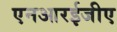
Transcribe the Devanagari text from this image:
एनआरईजीए